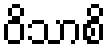
ဝိသာစိ